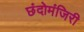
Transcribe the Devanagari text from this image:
छंदोमंजिरी